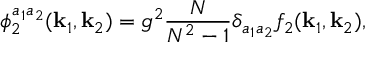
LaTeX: \phi _ { 2 } ^ { a _ { 1 } a _ { 2 } } ( { \bf k } _ { 1 } , { \bf k } _ { 2 } ) = g ^ { 2 } \frac { N } { N ^ { 2 } - 1 } \delta _ { a _ { 1 } a _ { 2 } } f _ { 2 } ( { \bf k } _ { 1 } , { \bf k } _ { 2 } ) ,